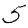
Digit: 5